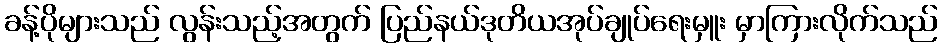
ခန့်ပိုများသည် လွန်းသည့်အတွက် ပြည်နယ်ဒုတိယအုပ်ချုပ်ရေးမှူး မှာကြားလိုက်သည်